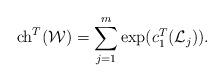
LaTeX: \begin{align*} {\rm ch}^T({\mathcal W})=\sum_{j=1}^m{\rm exp}(c_1^T({\mathcal L}_j)). \end{align*}